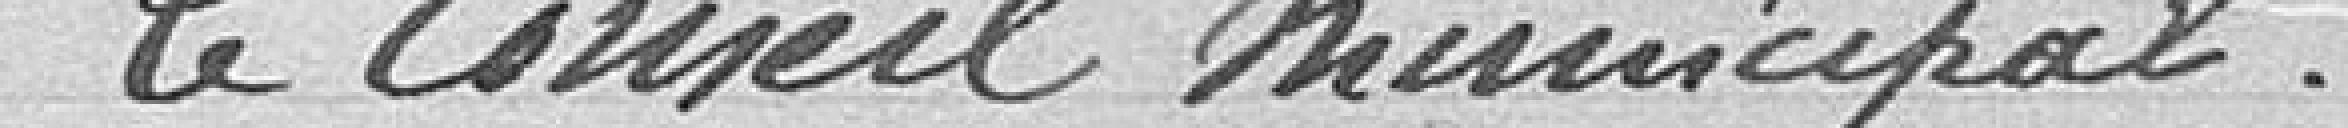
Le Conseil Municipal,